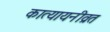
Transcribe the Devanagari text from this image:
कात्यायनीव्रत